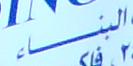
البناء